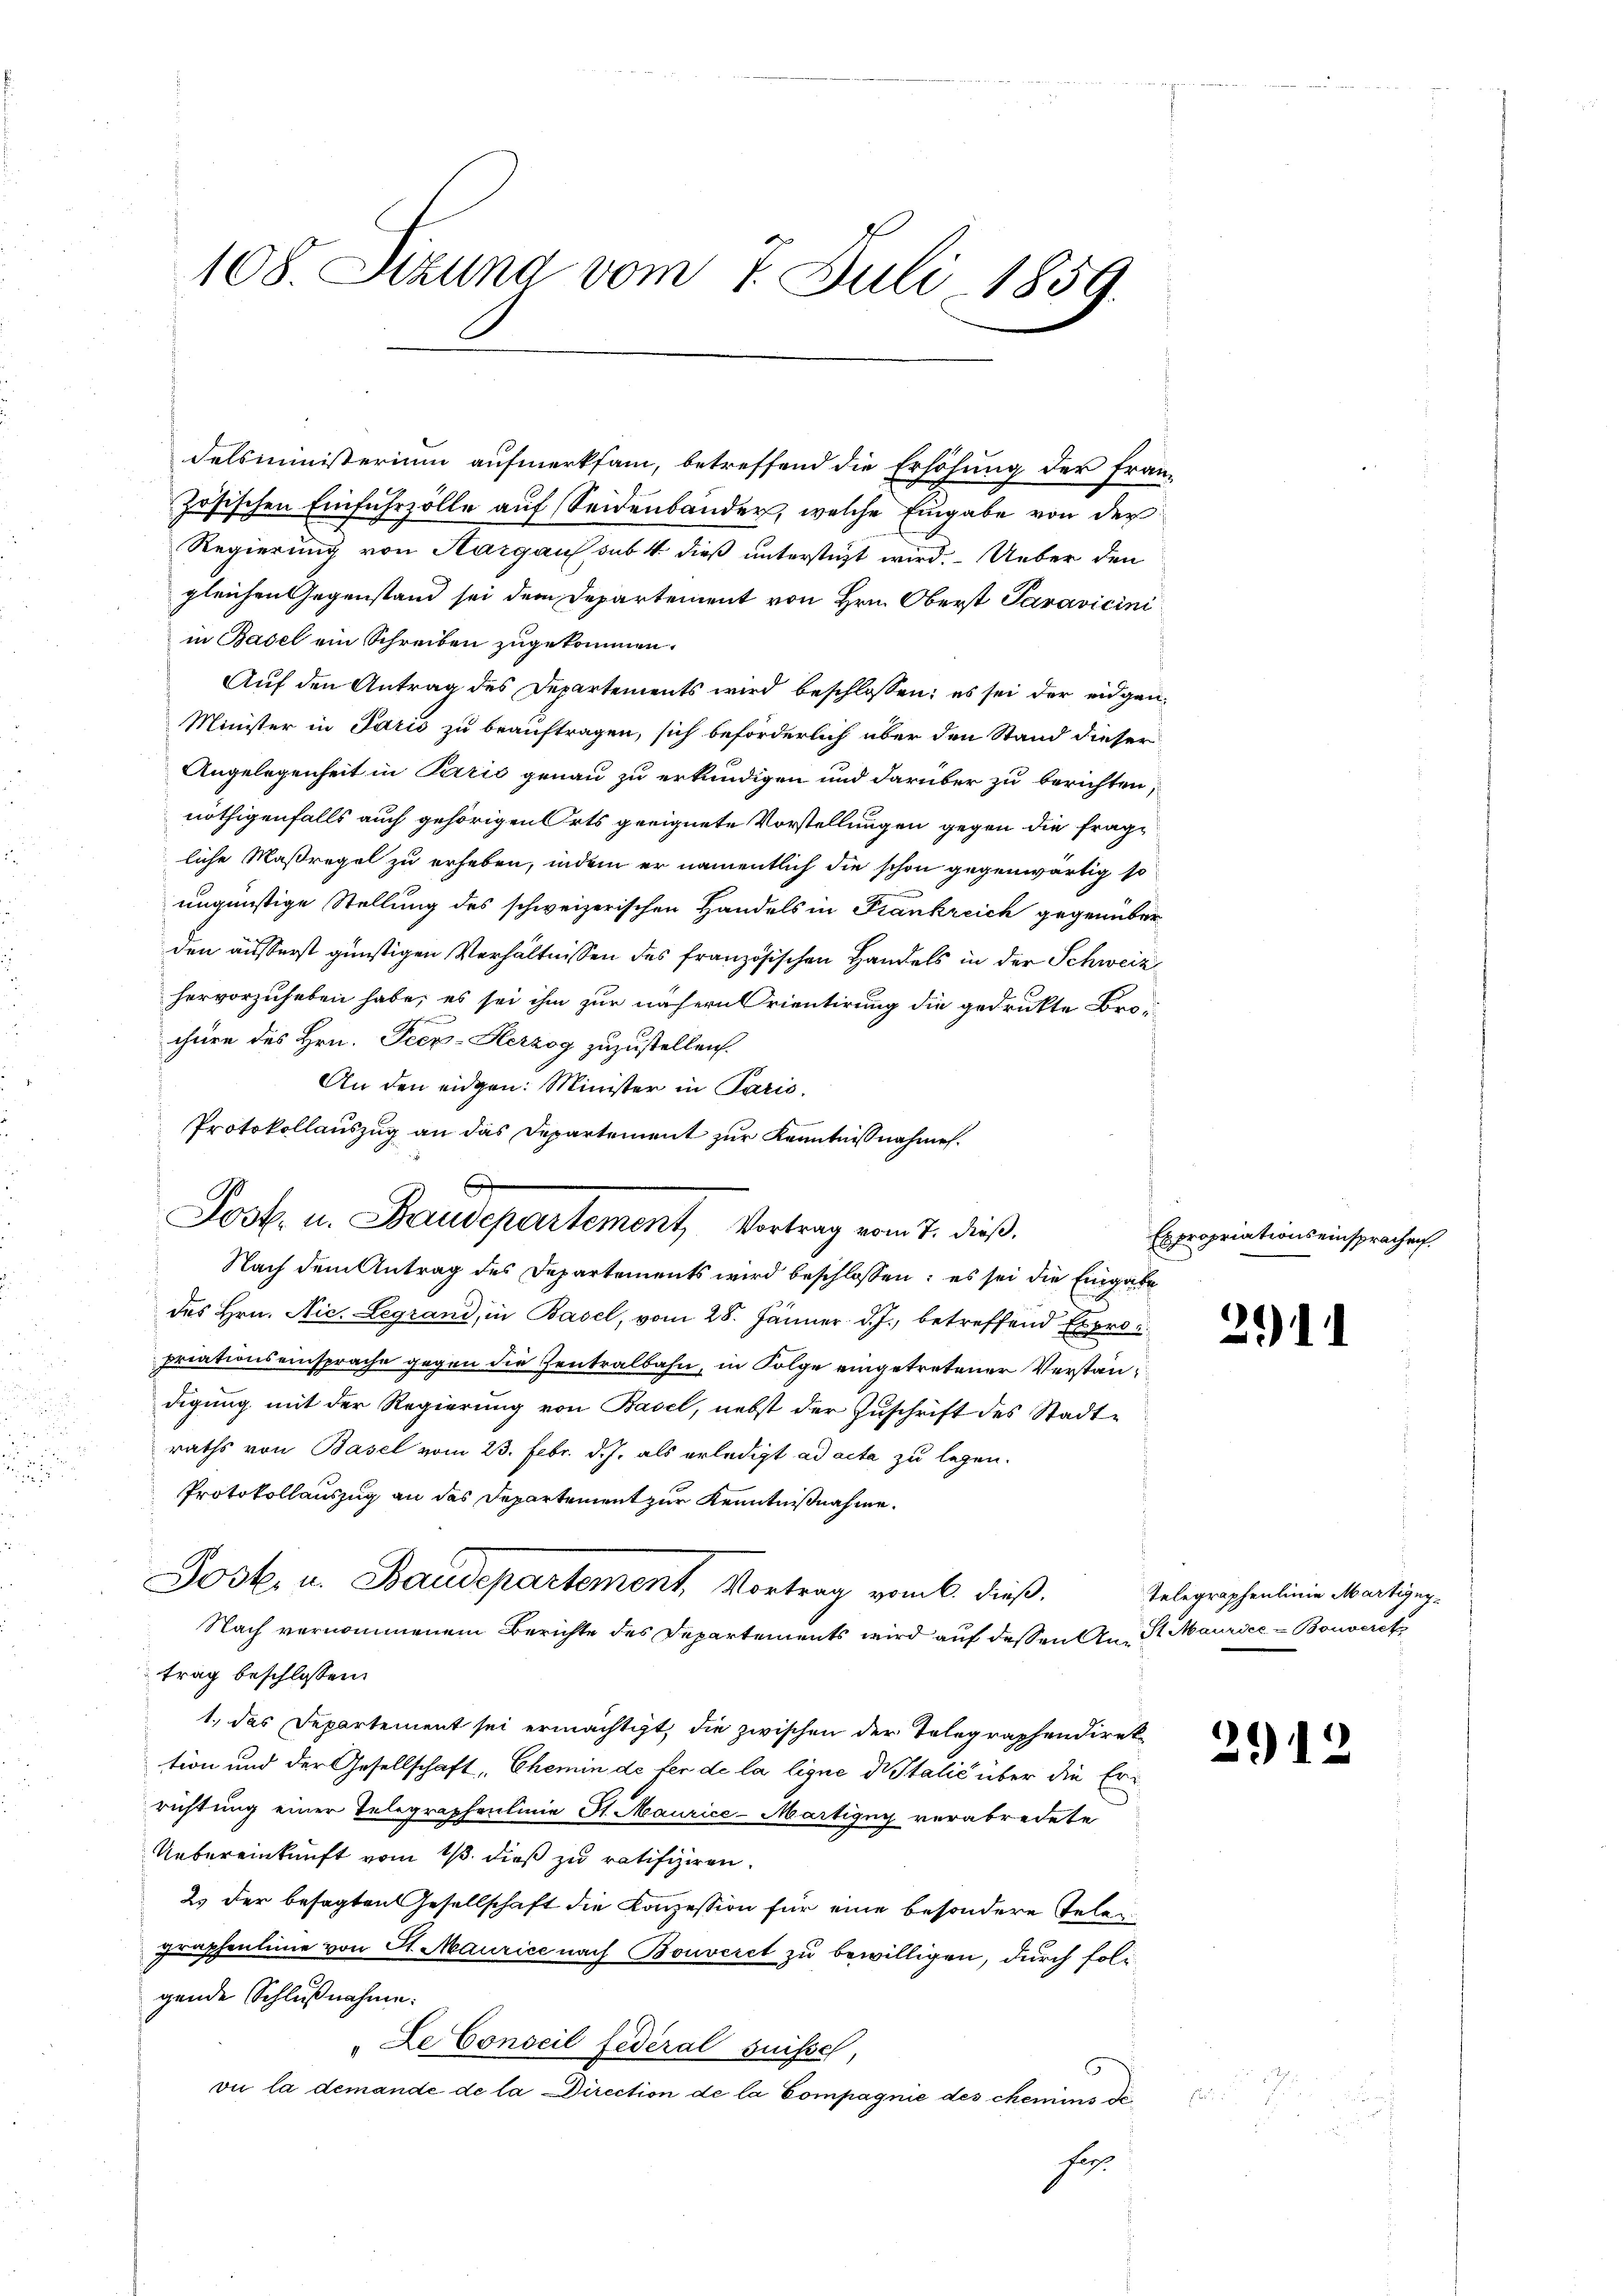
delsministerium aufmerksam, betreffend die Erhöhung der Fran-
zösischen Einfuhrzölle auf Seidenbander, welche Eingabe von der
Regierung von Hargau sub. 4. dieß unterstüzt wird. Ueber den
gleichen Gegenstand sei dem Departement von Hrn. Oberst Paravicini
in Basel ein Schreiben zugekommen.
Auf den Antrag des Departements wird beschlossen; es sei der eidgen¬
Minister in Paris zu beauftragen, sich beförderlich über den Stand dieser
Angelegenheit in Paris genau zu erkundigen und darüber zu berichten,
nöthigenfalls auch gehörigen Orts geeignete Vorstellungen gegen die fragliche Maßregel zu erheben, indem er namentlich die schon gegenwärtig so
ungünstige Stellung des schweizerischen Handels in Frankreich gegenüber
den äusserst günstigen Verhältnissen des französischen Handels in der Schweiz
hervorzuheben habe, es sei ihm zur nähern Grientirung die gedruckte Brochüre des Hrn. Peez-Herzog zuzustellen.
An den eidgen: Minister in Paris,
Protokollauszug an das Departement zur Kenntnißnahmen.
Nach dem Antrag des Departements wird beschlossen; es sei die Eingabe
des Hrn. Nic. Legrand, in Basel, vom 28. Jänner d. J. betreffend Expropriationseinsprache gegen die Zentralbahn, in Folge eingetretener Verständigung mit der Regierung von Basel, nebst der Zuschrift des Stadt-
raths von Basel vom 23. Febr. d. J. als erledigt ad acta zu legen.
Protokollauszug an das Departement zur Kenntnißnahme.
Josk. u. Baudepartement, Vortrag vom 6. dieß.
Nach vernommenem Berichte des Departements wird auf dessen An- St. Maurice - Bouverst
trag beschlossen:
1., das Departement sei ermächtigt, die zwischen der Telegraphendirek-
tion und der Gesellschaft, Chemin de fer de la lique die Italić über die Errichtung einer Telegraphenlinie St. Maurice-Martigny verabredete
Uebereinkunft vom 13. dieß zu ratifiziren.
2. der besagten Gesellschaft die Konzession für eine besondere Telen
graphenlinie von St. Maurice nach Bouveret zu bewilligen, durch foligende Schlußnahme:
De Conseil fédéral suissel,
vie la demande de la Direction de la Compagnie des chemie di
He

108. Szuna vom 7. Juli 1859.

Josk. u. Baudepartement, Vortrag vom 7. dieß.

Expropriationseinsprachen.

2911

Telegraphenlinie Martigny-

20)